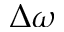
\Delta \omega